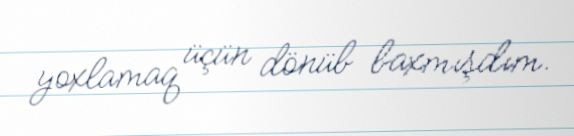
yoxlamaq üçün dönüb baxmışdım.